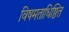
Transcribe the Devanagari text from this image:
विषमताधिष्ठित